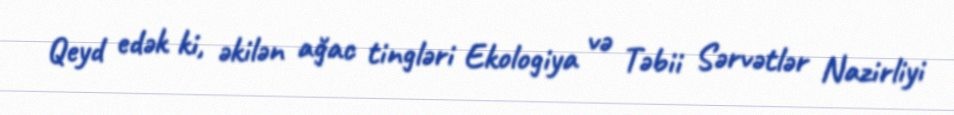
Qeyd edək ki, əkilən ağac tingləri Ekologiya və Təbii Sərvətlər Nazirliyi